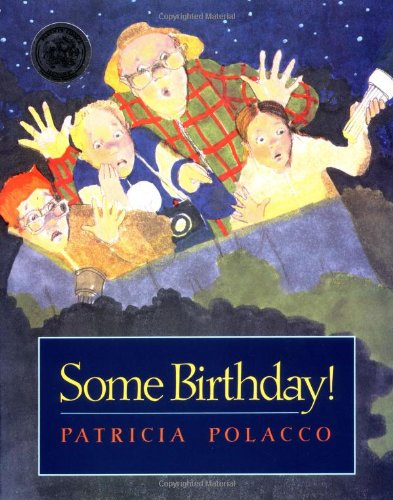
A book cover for Some Birthday!; Patricia Polacco; Children's Books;